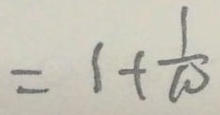
= 1 + \frac { 1 } { 1 0 }